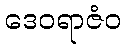
ဒေဝရာဇံဝ